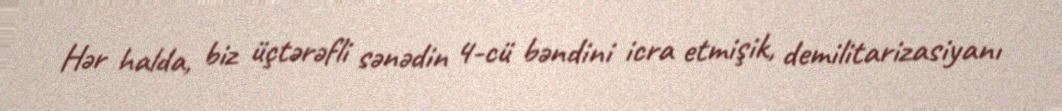
Hər halda, biz üçtərəfli sənədin 4-cü bəndini icra etmişik, demilitarizasiyanı